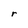
Character: r